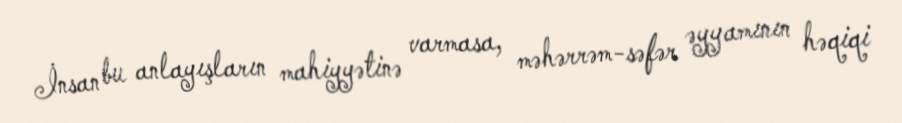
İnsan bu anlayışların mahiyyətinə varmasa, məhərrəm-səfər əyyamının həqiqi